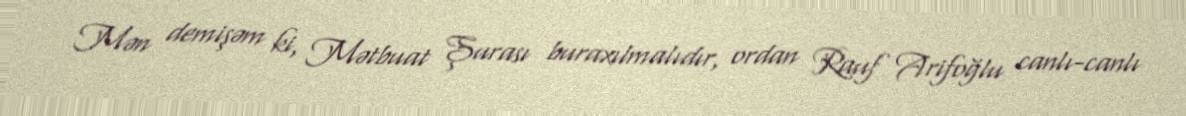
Mən demişəm ki, Mətbuat Şurası buraxılmalıdır, ordan Rauf Arifoğlu canlı-canlı